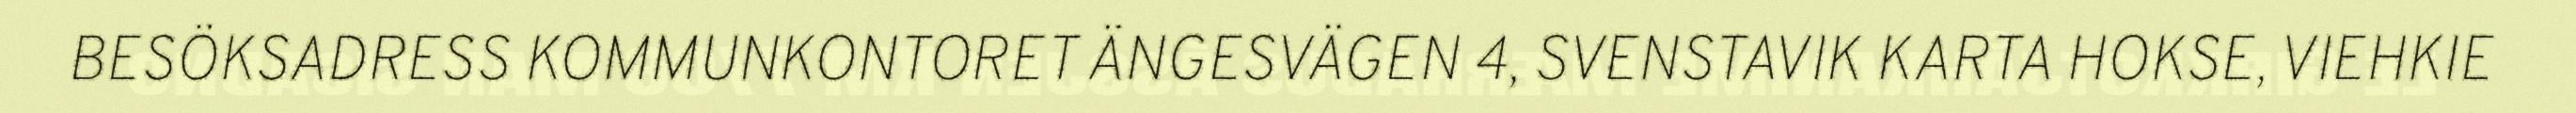
BESÖKSADRESS KOMMUNKONTORET ÄNGESVÄGEN 4, SVENSTAVIK KARTA HOKSE, VIEHKIE